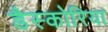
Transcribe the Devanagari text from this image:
डैस्कोरिया